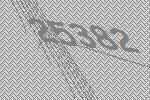
25382